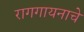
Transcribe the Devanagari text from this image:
रागगायनाचे